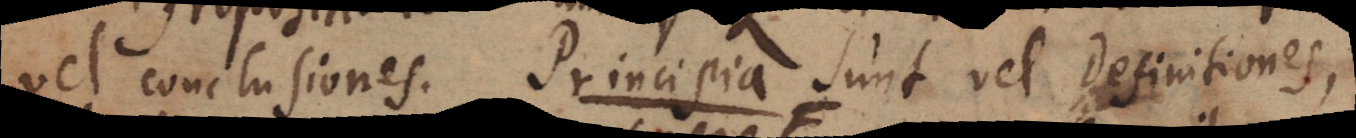
vel conclusiones. Principia sunt vel Definitiones,